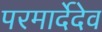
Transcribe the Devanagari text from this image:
परमार्देदेव